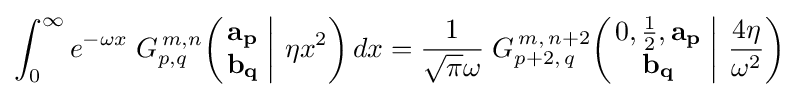
\int _{0}^{\infty }e^{-\omega x}\;G_{p,q}^{\,m,n}\!\left(\left.{\begin{matrix}\mathbf {a_{p}} \\\mathbf {b_{q}} \end{matrix}}\;\right|\,\eta x^{2}\right)dx={\frac {1}{{\sqrt {\pi }}\omega }}\;G_{p+2,\,q}^{\,m,\,n+2}\!\left(\left.{\begin{matrix}0,{\frac {1}{2}},\mathbf {a_{p}} \\\mathbf {b_{q}} \end{matrix}}\;\right|\,{\frac {4\eta }{\omega ^{2}}}\right)